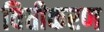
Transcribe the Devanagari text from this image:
वित्तीकरण